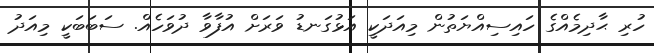
ހުރި ޙާދިމެއްގެ ހައިސިއްޔަތުން މިއަދަކީ އަޅުގަނޑު ވަރަށް އުފާވާ ދުވަހެއް. ސަބަބަކީ މިއަދު